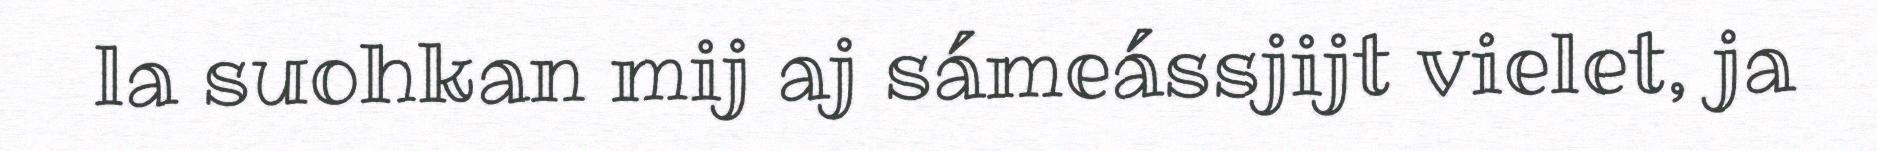
la suohkan mij aj sámeássjijt vielet, ja